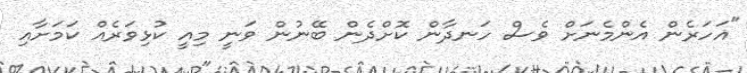
"އަހަރެން އެންމެނަށް ވެސް ހަނދާން ކޮށްދެން ބޭނުން ވަނީ މިއީ ކުޅިވަރެއް ކަމަށާއި